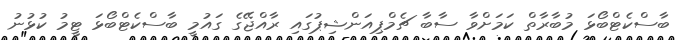
ބާސްކެޓްބޯޅަ މުބާރާތް ކަމަށްވާ ސާބާ ޗެމްޕިއަންޝިޕުގައި ރާއްޖޭގެ ގައުމީ ބާސްކެޓްބޯޅަ ޓީމު ކުޅުނު